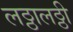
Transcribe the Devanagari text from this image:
लठ्ठालठ्ठी